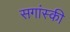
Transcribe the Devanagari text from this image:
सगांस्की